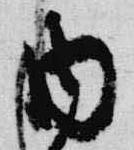
内